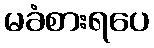
မခံစားရပေ